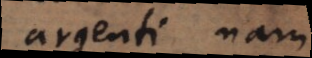
argenti, nam